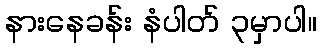
နားနေခန်း နံပါတ် ၃မှာပါ။